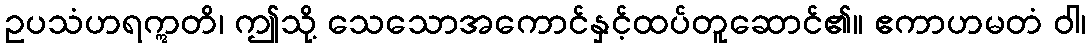
ဥပသံဟရဣတိ၊ ဤသို့ သေသောအကောင်နှင့်ထပ်တူဆောင်၏။ ဧကာဟမတံ ဝါ၊